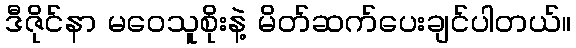
ဒီဇိုင်နာ မဝေသူစိုးနဲ့ မိတ်ဆက်ပေးချင်ပါတယ်။